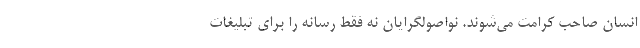
انسان صاحب کرامت می‌شوند. نواصولگرایان نه فقط رسانه را برای تبلیغات